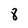
Character: 8